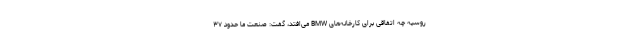
روسیه چه اتفاقی برای کارخانه‌های BMW می‌افتد، گفت: صنعت ما حدود ۳۷